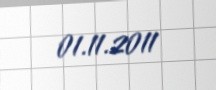
01.11.2011